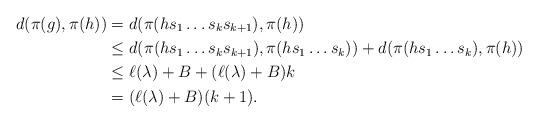
LaTeX: \begin{align*}d(\pi(g),\pi(h)) & = d(\pi(hs_1 \dots s_k s_{k+1}),\pi(h)) \\& \leq d(\pi(hs_1 \dots s_k s_{k+1}), \pi(hs_1 \dots s_k)) + d(\pi(hs_1 \dots s_k), \pi(h)) \\& \leq \ell(\lambda)+B + (\ell(\lambda)+B)k \\& = (\ell(\lambda)+B)(k+1). \end{align*}